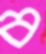
ব